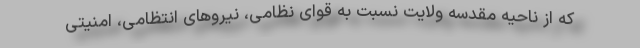
که از ناحیه مقدسه ولایت نسبت به قوای نظامی، نیروهای انتظامی، امنیتی